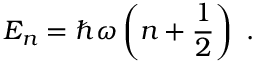
E _ { n } = \hbar \omega \left( n + { \frac { 1 } { 2 } } \right) ~ .